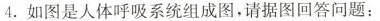
4.如图是人体呼吸系统组成图，请据图回答问题：